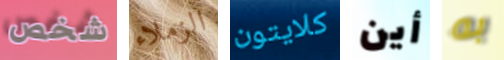
شخص الزملاء كلايتون أين به